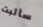
سأثبت